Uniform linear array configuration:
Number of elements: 8
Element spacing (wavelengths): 0.25
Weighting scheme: exponential
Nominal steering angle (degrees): -45
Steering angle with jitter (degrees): -45.579
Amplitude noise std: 0.05
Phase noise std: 0.05

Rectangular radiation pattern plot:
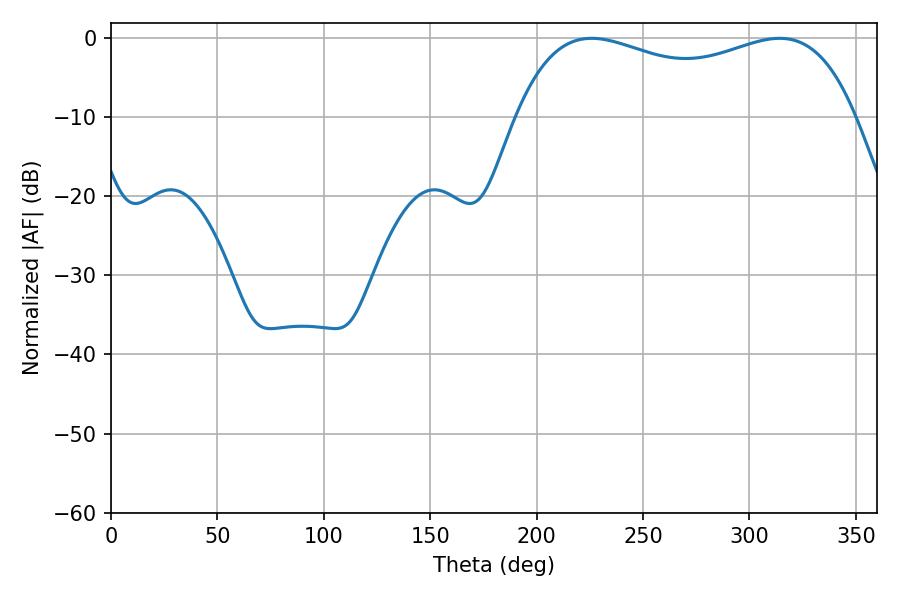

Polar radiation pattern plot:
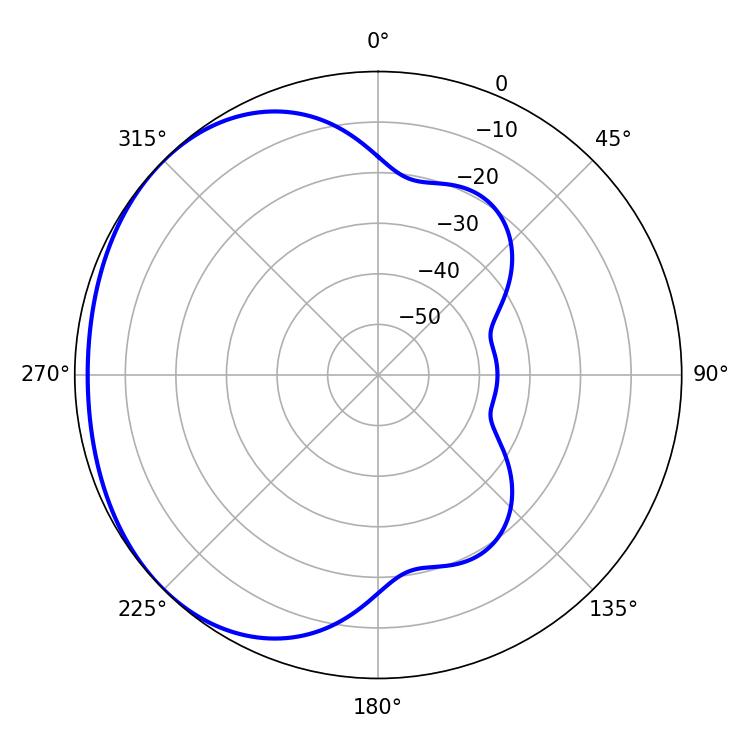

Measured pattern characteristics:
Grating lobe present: FALSE
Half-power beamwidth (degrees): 131.04
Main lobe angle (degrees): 225.9